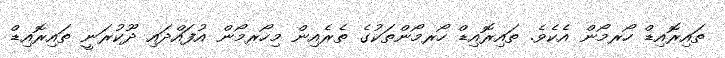
ތައިރޮއިޑް ހޯރމޯން އެކެވެ. ތައިރޮއިޑް ހޯރމޯންތަކުގެ ތެރެއިން މިހޯރމޯން އުފައްދައި ދޫކުރަނީ ތައިރޮއިޑް